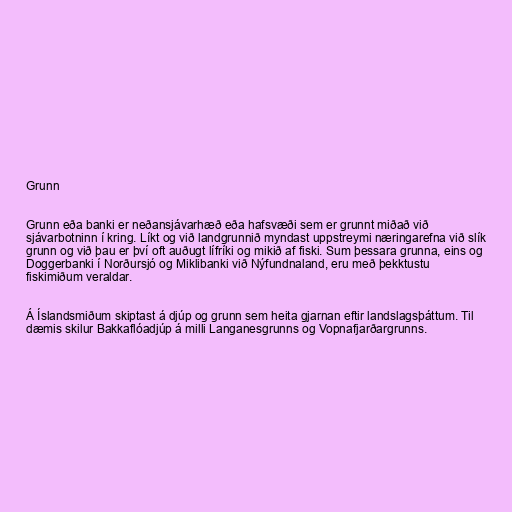
Grunn

Grunn eða banki er neðansjávarhæð eða hafsvæði sem er grunnt miðað við
sjávarbotninn í kring. Líkt og við landgrunnið myndast uppstreymi næringarefna við slík
grunn og við þau er því oft auðugt lífríki og mikið af fiski. Sum þessara grunna, eins og
Doggerbanki í Norðursjó og Miklibanki við Nýfundnaland, eru með þekktustu
fiskimiðum veraldar.

Á Íslandsmiðum skiptast á djúp og grunn sem heita gjarnan eftir landslagsþáttum. Til
dæmis skilur Bakkaflóadjúp á milli Langanesgrunns og Vopnafjarðargrunns.